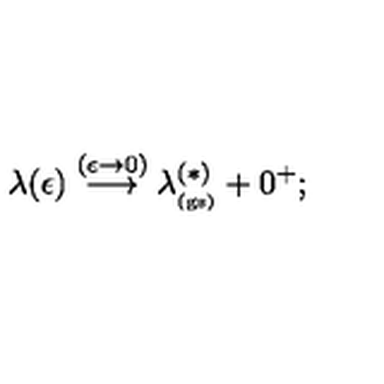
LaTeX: \lambda ( \epsilon ) \stackrel { ( \epsilon \rightarrow 0 ) } { \longrightarrow } \lambda _ { _ \mathrm { ( g s ) } } ^ { ( \ast ) } + 0 ^ { + } ;